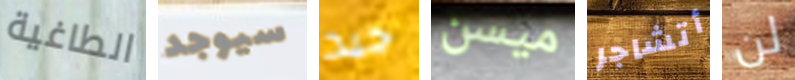
الطاغية سيوجد جيد ميسن أتشاجر لن